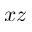
x z